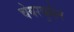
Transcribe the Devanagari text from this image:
चेयरवुमैन